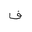
Letter: _fa